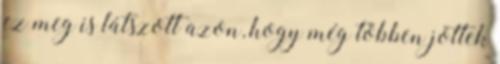
ez meg is látszott azon, hogy még többen jöttek